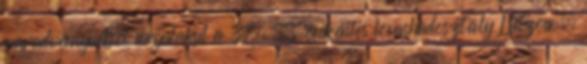
maradványaiból megalakul a 37. SS önkéntes lovashadosztály Lützow .